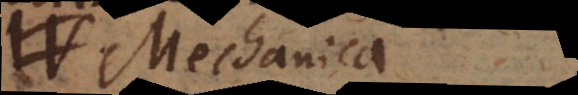
re Mechanica,